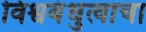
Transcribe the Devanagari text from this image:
विश्वबंधुत्वाचा